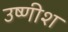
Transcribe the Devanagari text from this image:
उष्णीश